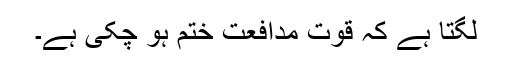
لگتا ہے کہ قوت مدافعت ختم ہو چکی ہے۔